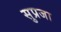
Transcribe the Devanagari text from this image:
सुप्रजा